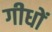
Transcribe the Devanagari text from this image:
गीधों